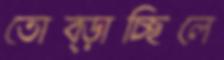
তোব্‌ড়াচ্ছিলে